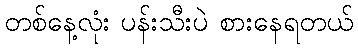
တစ်နေ့လုံး ပန်းသီးပဲ စားနေရတယ်